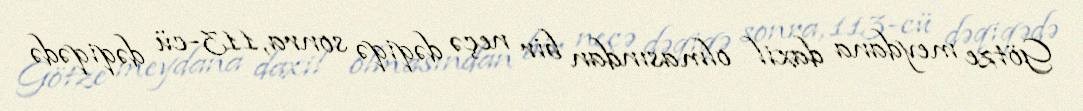
Götze meydana daxil olmasından bir neçə dəqiqə sonra, 113-cü dəqiqədə